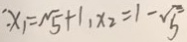
x _ { 1 } = \sqrt { 5 } + 1 , x _ { 2 } = 1 - \sqrt { 5 }